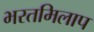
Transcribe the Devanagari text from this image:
भरतमिलाप